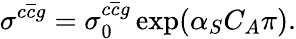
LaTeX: \sigma^{c\overline{{{c}}}g}=\sigma_{0}^{c\overline{{{c}}}g}\exp(\alpha_{S}C_{A}\pi).